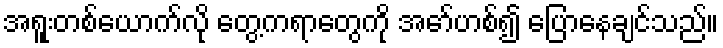
အရူးတစ်ယောက်လို တွေ့ကရာတွေကို အော်ဟစ်၍ ပြောနေချင်သည်။